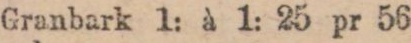
Granbark 1: à 1: 25 pr 56